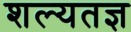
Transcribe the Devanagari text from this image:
शल्यतज्ञ